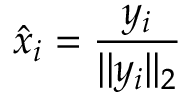
\hat { x } _ { i } = \frac { y _ { i } } { \vert \vert y _ { i } \vert \vert _ { 2 } }